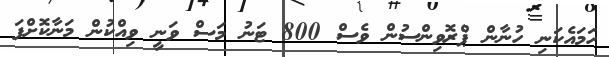
ހަމައެކަނި ހުނާން ޕްރޮވިންސުން ވެސް 800 ޓަނު މަސް ވަނީ ވިއްކުން މަނާކޮށްފަ